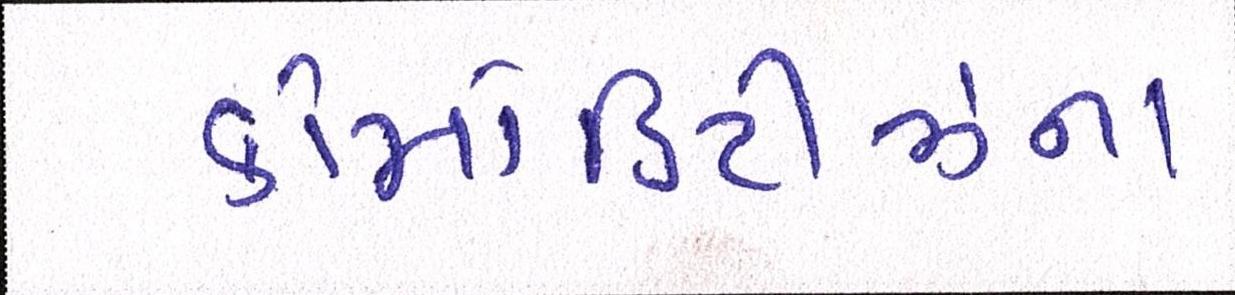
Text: કોમોડિટીઝના